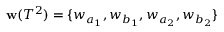
\mathbf { w } ( T ^ { 2 } ) = \{ w _ { a _ { 1 } } , w _ { b _ { 1 } } , w _ { a _ { 2 } } , w _ { b _ { 2 } } \}